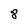
Character: 8